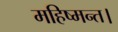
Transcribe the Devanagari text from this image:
महिष्मन्त।